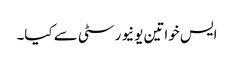
ایس خواتین یونیورسٹی سے کیا۔